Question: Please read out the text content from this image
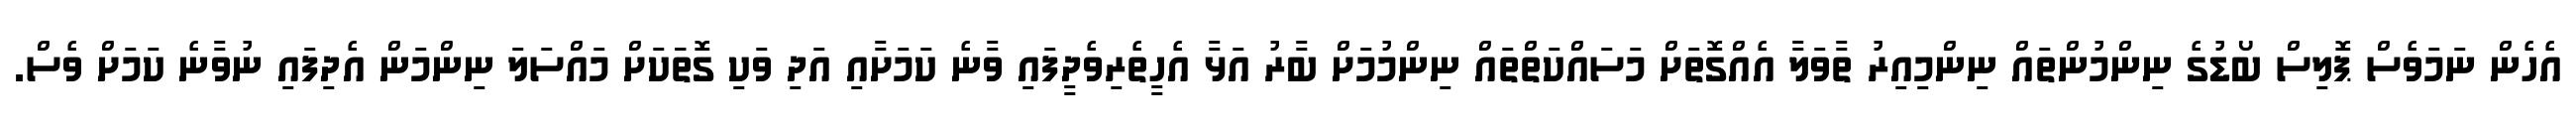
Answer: އެހެން ނަމަވެސް ޕޮލިސް ބޯޑުގެ ނިންމުންތައް ނިންމިއިރު ތާވަލާ އެއްގޮތަށް މަސައްކަތްތައް ނިންމުމަށް ބާރު އަޅާ އެހީތެރިވެދީފައި ވާނެ ކަމަށާއި އަދި ވަކި ގޮތަަކަށް މައްސަލަ ނިންމަން އެދިފައި ނުވާނެ ކަމަށް ވެސް.